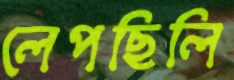
লেপছিলি